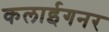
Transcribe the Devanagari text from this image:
कलाईगनर